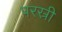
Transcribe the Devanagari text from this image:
परस्री